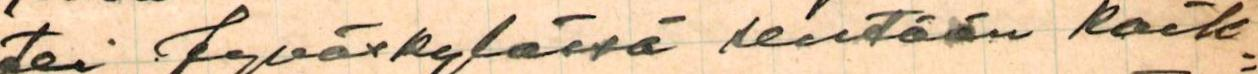
tei Jyväskylässä sentään kaik=